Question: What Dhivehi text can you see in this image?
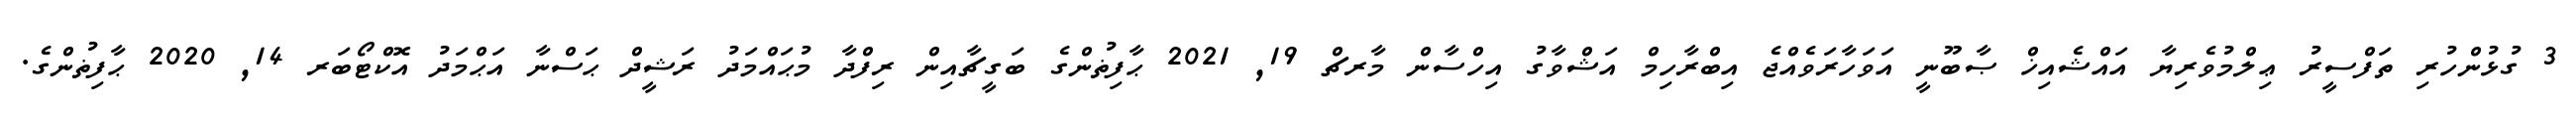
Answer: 3 ގުޅުންހުރި ތަފްސީރު ޢިލްމުވެރިޔާ އައްޝެއިޚް ޞާބޫނީ އަވަހާރަވެއްޖެ އިބްރާހިމް އަޝްވާގު އިހްސާން މާރޗް 19, 2021 ޙާފިޡުންގެ ބަގީޗާއިން ރިފްދާ މުޙައްމަދު ރަޝީދް ޙަސްނާ އަޙްމަދު އޮކްޓޯބަރ 14, 2020 ޙާފިޡުންގެ.